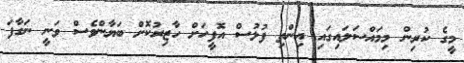
މީގެ ކުރިން މިމައްސަލައިގައި އިންތި ފުލުސް އޮފީހަށް ހާޒިރުކޮށް ބަޔާންވެސް ވަނީ ނަގާފަ